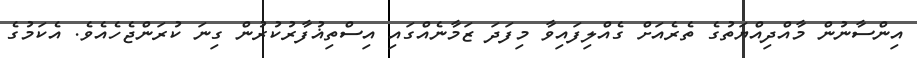
އިންސާނުން މާއްދިއްޔަތުގެ ތެރެއަށް ގެއްލިފައިވާ މިފަދަ ޒަމާނެއްގައި އިސްތިޣުފާރުކުރުން ގިނަ ކުރަންޖެހެއެވެ. އެކަމުގެ